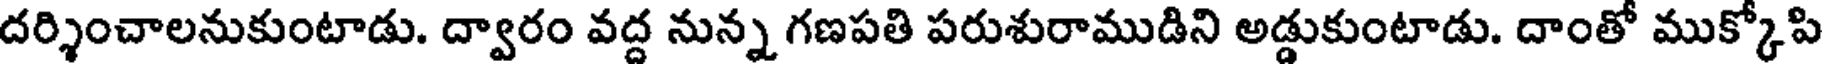
దర్శించాలనుకుంటాడు. ద్వారం వద్ద నున్న గణపతి పరుశురాముడిని అడ్డుకుంటాడు. దాంతో ముక్కోపి